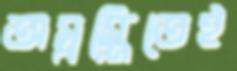
অস্বস্তিতেই